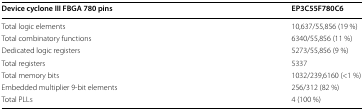
<table><thead><tr><td><b>Device cyclone III FBGA 780 pins</b></td><td><b>EP3C55F780C6</b></td></tr></thead><tbody><tr><td>Total logic elements</td><td>10,637/55,856 (19 %)</td></tr><tr><td>Total combinatory functions</td><td>6340/55,856 (11 %)</td></tr><tr><td>Dedicated logic registers</td><td>5273/55,856 (9 %)</td></tr><tr><td>Total registers</td><td>5337</td></tr><tr><td>Total memory bits</td><td>1032/239,6160 (&lt;1 %)</td></tr><tr><td>Embedded multiplier 9-bit elements</td><td>256/312 (82 %)</td></tr><tr><td>Total PLLs</td><td>4 (100 %)</td></tr></tbody></table>